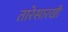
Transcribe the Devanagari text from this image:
तारेसारखी